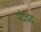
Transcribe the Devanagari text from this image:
नंदचंद